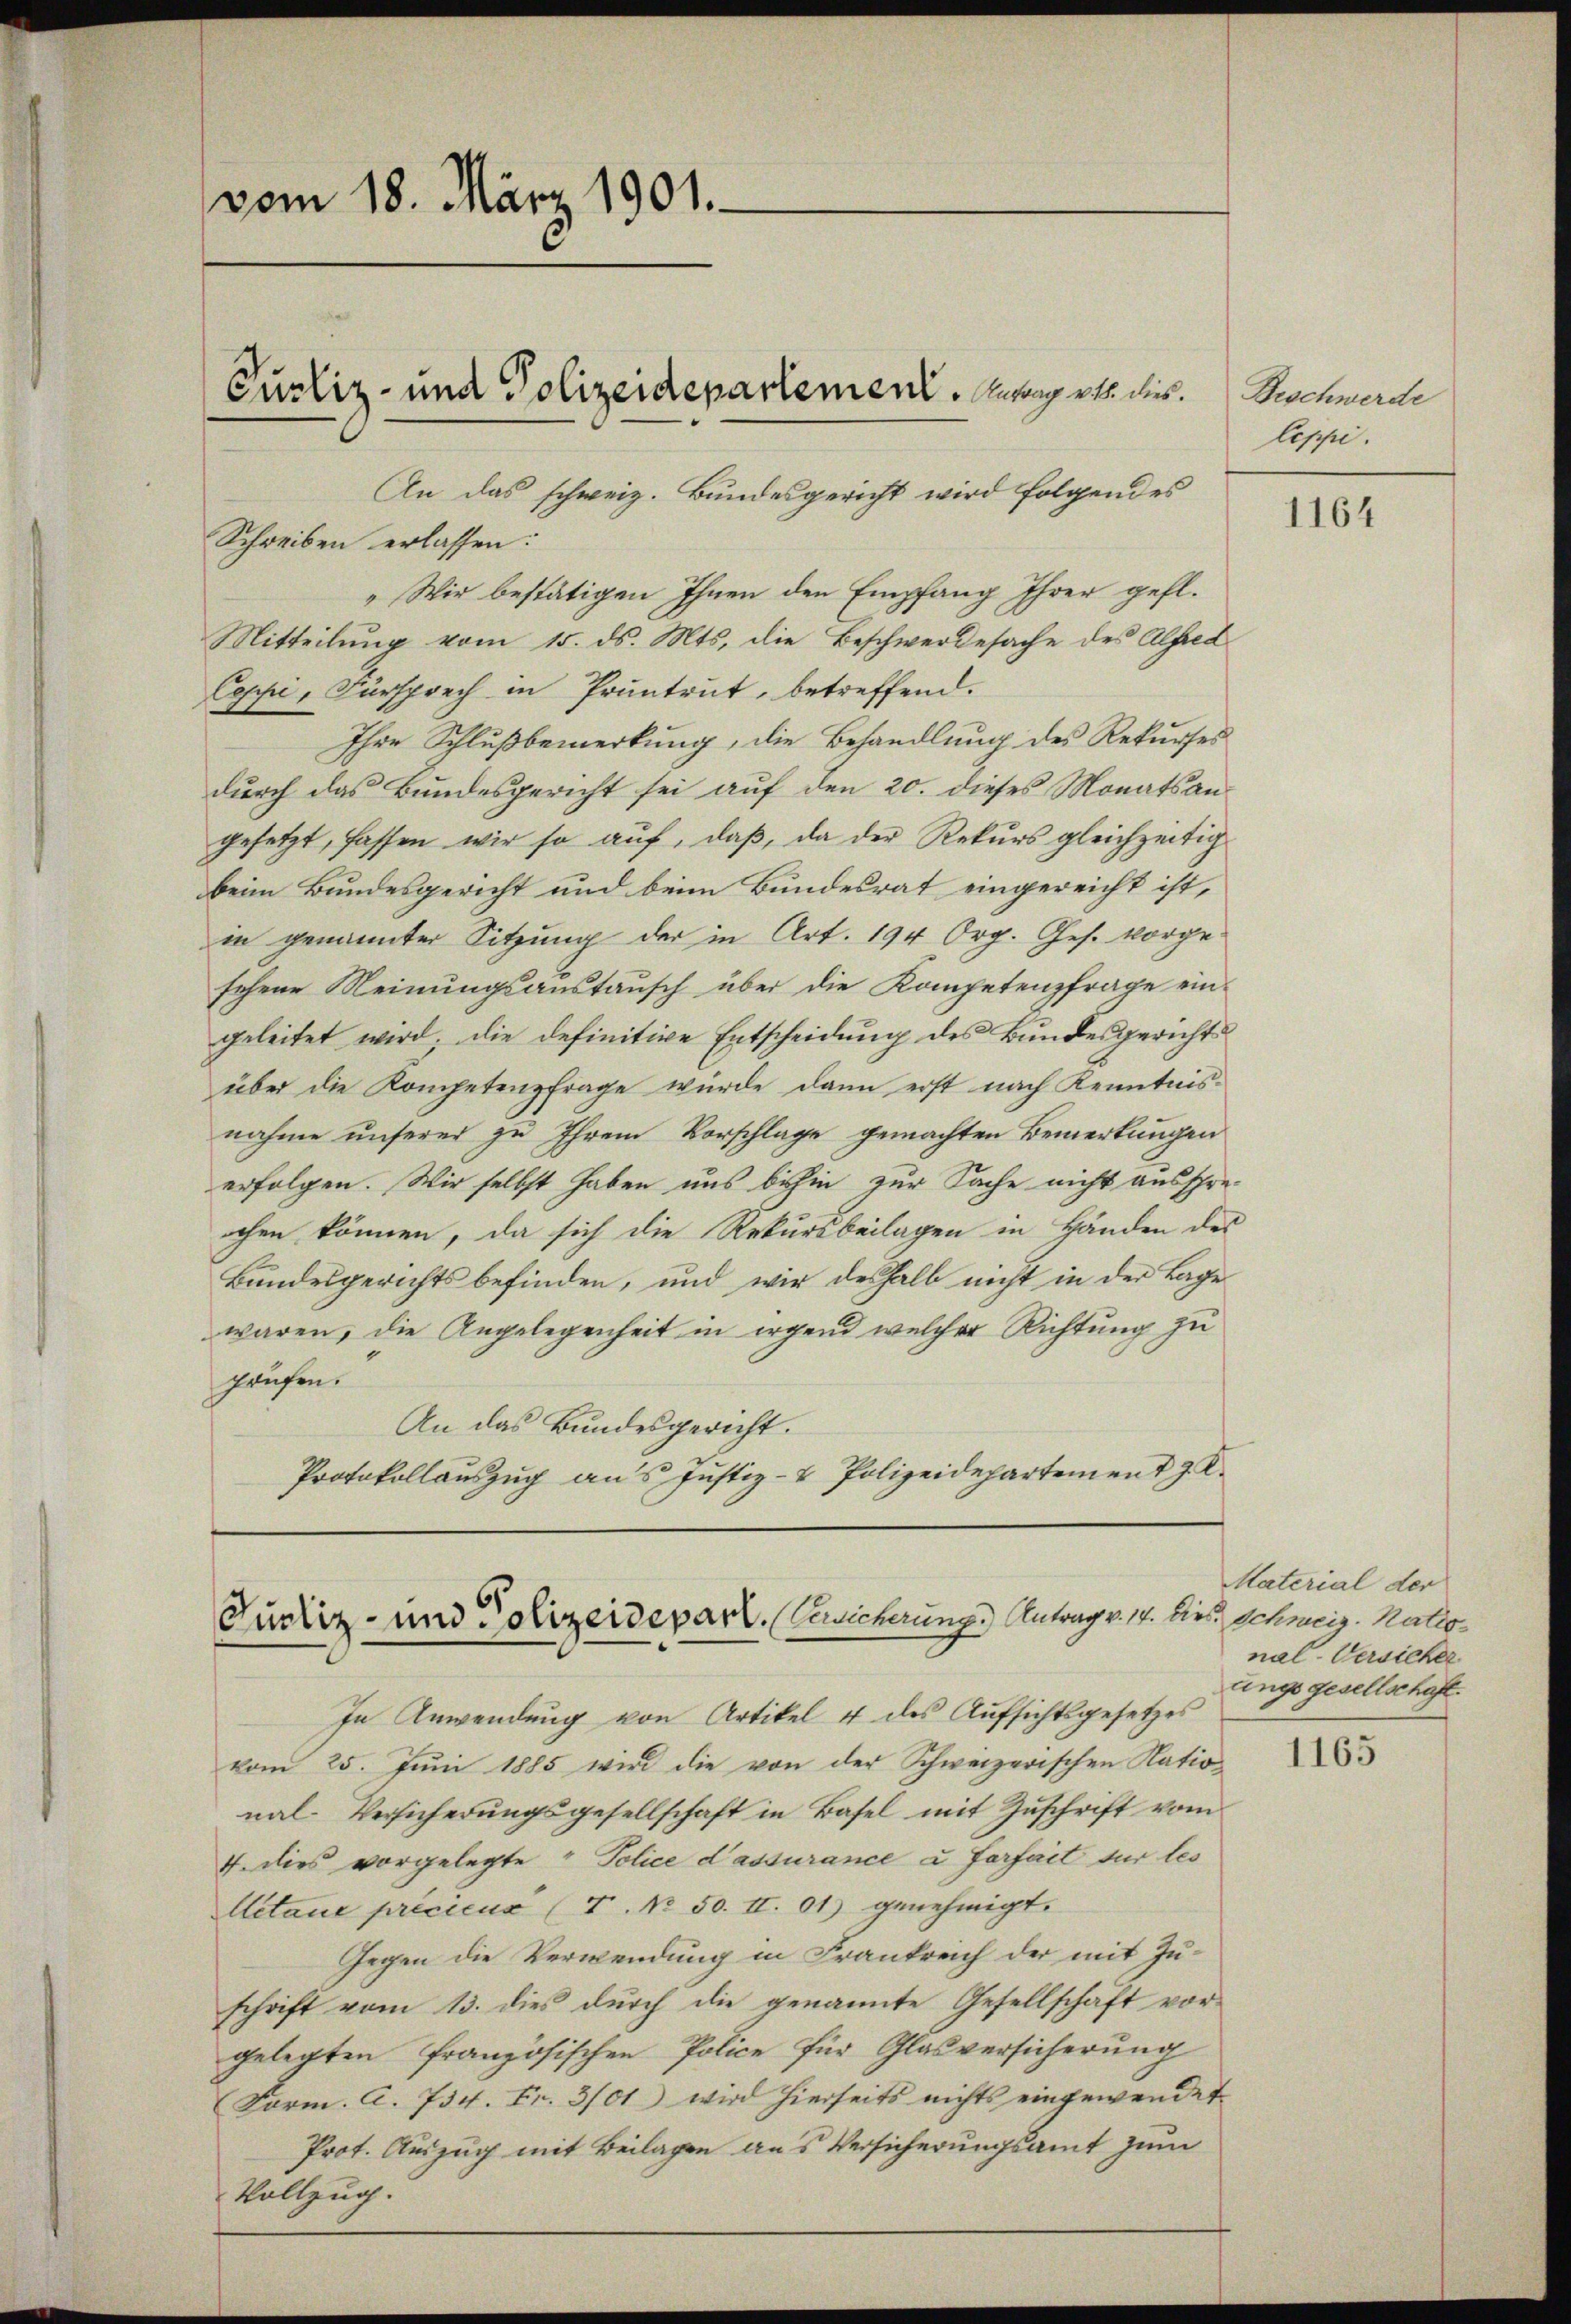
vom 18. März 1901.

„Wir bestätigen Ihnen den Empfang Ihrer gefl.
Mitteilung vom 15. ds. Mts. die Beschwerdesache des Alfred
Coppi, Fürsprech in Prüntrut, betreffend.
Ihre Schlußbemerkung, die Behandlung des Rekurses
durch das Bundesgericht sei auf den 20. dieses Monatsangesetzt, fassen wir so auf, daβ, da der Rekŭrs gleichzeitig
beim Bundesgericht und beim Bundesrat eingereicht ist,
in genannter Sitzung der in Art. 194 Org. Ges. vorge-
schene Meinungsaustausch über die Kompetenzfrage eingeleitet wird, die definitive Entscheidung des Bundesgericht
über die Kompetenzfrage wurde dann erst nach Kenntnis-
nahme unserer zu Ihrem Vorschlage gemachten Bemerkungen
erfolgen. Wir selbst haben uns bishin zur Sache nicht ausspreochen können, da sich die Rekursbeilagen in Händen des
Bundesgerichts befinden, und wir deshalb nicht in der Lage
waren, die Angelegenheit in irgend welcher Richtung zu
prüfen.
An das Bundesgericht.
Protokollauszug aus Justiz- & Polizeidepartement z. K.

Purliz- und Polizeidepartement. Aubry et dies
An das schweiz. Bundesgericht wird folgendes

Schreiben erlassen:

Justiz- und Polizeidepart. (Versicherung.) Antrag v. 17. Dies Schweiz. Natio¬

In Anwendung von Artikel 4 des Aufsichtsgesetzes
vom 25. Juni 1885 wird die von der Schweizerischen Natio
nal-Versicherŭngsgesellschaft in Basel mit Zŭschrift vom
7. dies vorgelegte Police d’assurance a farfait für les
Actaue précieus (T. No 50. II. 01) genehmigt.
Gegen die Verwendung in Frankreich der mit Zuschrift vom 13. dies durch die genannte Gesellschaft vorgelegten französischen Police für Glasversicherung
Form. A. 734. Fr. 3/01) wird hierseits nichts eingewendet.
Prot. Auszug mit Beilagen aus Versicherungsamt zum
Vollzug.

Beschwerde
teppi.

1164

Material der
nal-Versicher
uinge gesellschaft.

1165